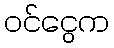
ဝင်ငွေက